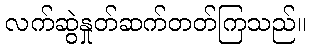
လက်ဆွဲနှုတ်ဆက်တတ်ကြသည်။